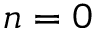
n = 0